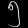
Digit: ၅